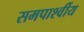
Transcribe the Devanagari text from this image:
समपार्श्वीय